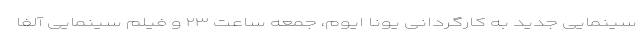
سینمایی جدید به کارگردانی یونا ایوم، جمعه ساعت ۲۳ و فیلم سینمایی آلفا